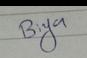
Signature authenticity: genuine